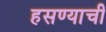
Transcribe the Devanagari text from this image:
हसण्याची